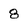
Character: 8